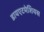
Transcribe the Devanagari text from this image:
डायएटमेशियस